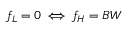
f _ { L } = 0 \, \Longleftrightarrow \, f _ { H } = B W